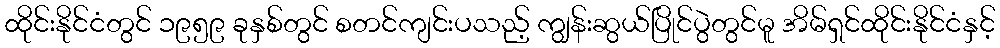
ထိုင်းနိုင်ငံတွင် ၁၉၅၉ ခုနှစ်တွင် စတင်ကျင်းပသည့် ကျွန်းဆွယ်ပြိုင်ပွဲတွင်မူ အိမ်ရှင်ထိုင်းနိုင်ငံနှင့်